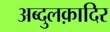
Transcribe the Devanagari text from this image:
अब्दुलक़ादिर